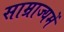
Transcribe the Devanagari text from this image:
साम्राज्यमें